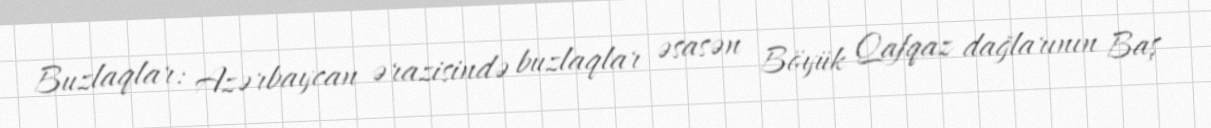
Buzlaqlar: Azərbaycan ərazisində buzlaqlar əsasən Böyük Qafqaz dağlarının Baş